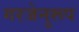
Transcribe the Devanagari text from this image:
गरजेनुरूप